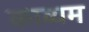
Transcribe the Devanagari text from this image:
काव्यम